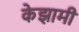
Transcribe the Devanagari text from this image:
केझामी